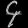
Digit: ၄